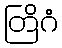
တြိဂံ